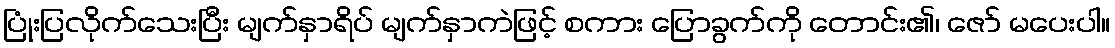
ပြုံးပြလိုက်သေးပြီး မျက်နှာရိပ် မျက်နှာကဲဖြင့် စကား ပြောခွက်ကို တောင်း၏၊ ဇော် မပေးပါ။